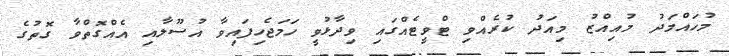
މުހައްމަދު މުއިއްޒު މިއަދު ކުރެއްވި ޓްވީޓެއްގައި ވިދާޅުވީ ހަމަޖެހިފައިވާ އުސޫލާއި އެއްގޮތްވާ ގޮތުގެ